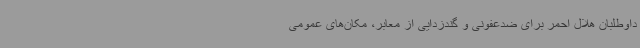
داوطلبان هلال احمر برای ضدعفونی و گندزدایی از معابر، مکان‌های عمومی